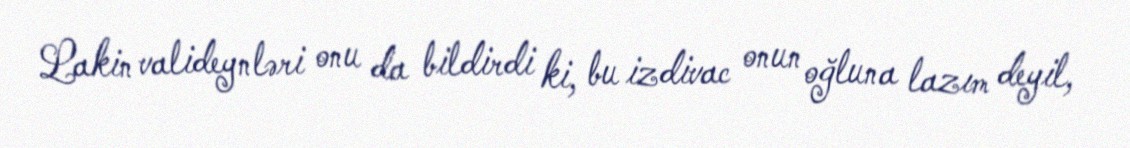
Lakin valideynləri onu da bildirdi ki, bu izdivac onun oğluna lazım deyil,